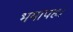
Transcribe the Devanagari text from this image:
भयापहः।